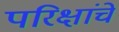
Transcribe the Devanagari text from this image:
परिक्षांचे